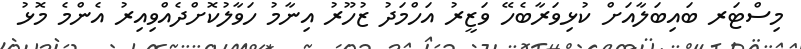
މިސްޓަރ ބައިބަލާއަށް ކުޅިވަރާބެހޭ ވަޒީރު އަހްމަދު ޒުހޫރު އިނާމު ހަވާލުކޮށްދެއްވިއިރު އެންމެ މޮޅު